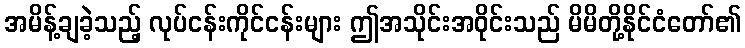
အမိန့်ချခဲ့သည့် လုပ်ငန်းကိုင်ငန်းများ ဤအသိုင်းအဝိုင်းသည် မိမိတို့နိုင်ငံတော်၏